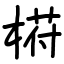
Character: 﨓